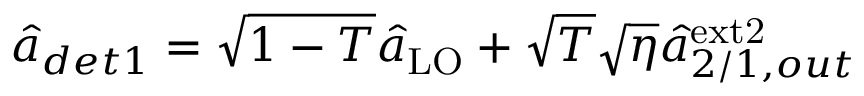
\begin{array} { r } { \hat { a } _ { d e t 1 } = \sqrt { 1 - T } \hat { a } _ { \mathrm { L O } } + \sqrt { T } \sqrt { \eta } \hat { a } _ { 2 / 1 , o u t } ^ { \mathrm { e x t 2 } } } \end{array}